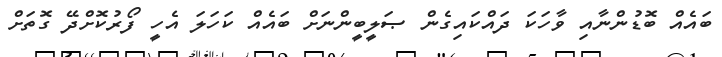
ބައެއް ބޮޑުންނާއި ވާހަކަ ދައްކައިގެން ޞަލީބީންނަށް ބައެއް ކަހަލަ އެހީ ފޯރުކޮށްދޭ ގޮތަށް